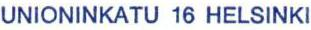
UNIONINKATU 16 HELSINKI